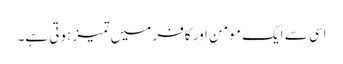
اسی سے ایک مومن اور کافر میں تمیز ہوتی ہے۔